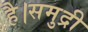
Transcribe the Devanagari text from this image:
है।समुद्री